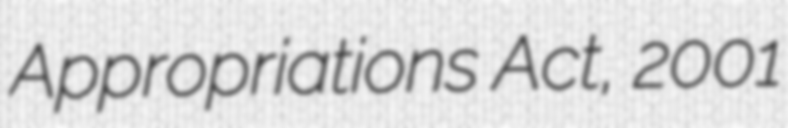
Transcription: Appropriations Act, 2001